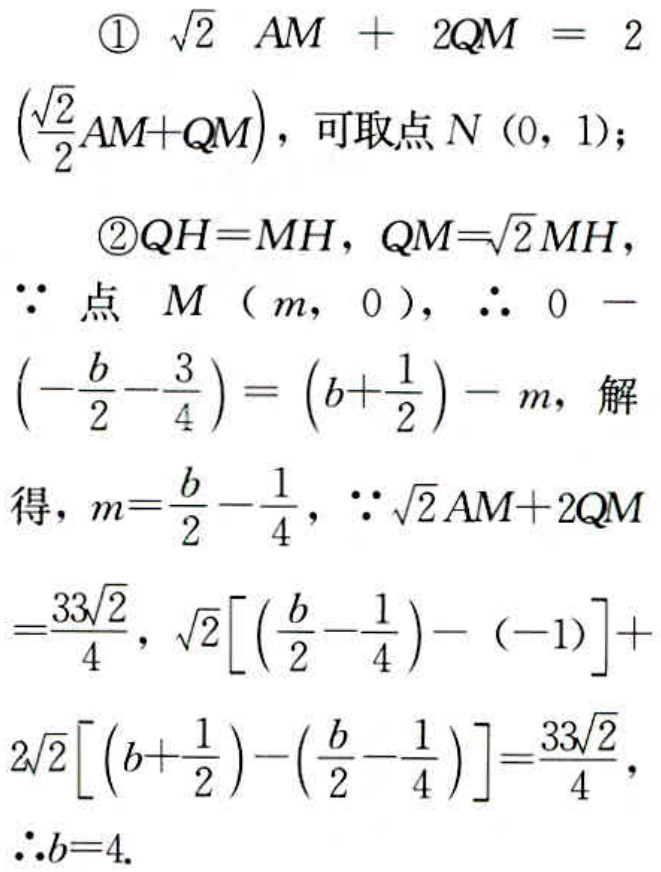
\begin{align*}
&\textcircled{1}\ \sqrt{2}AM + 2QM = 2\left(\frac{\sqrt{2}}{2}AM + QM\right),\text{ 可取点 }N(0,1);\\
&\textcircled{2}QH = MH, QM=\sqrt{2}MH,\\
&\because\text{ 点 }M(m,0),\ \therefore 0-\left(-\frac{b}{2}-\frac{3}{4}\right)=\left(b + \frac{1}{2}\right)-m,\text{ 解}\\
&\text{得，}m=\frac{b}{2}-\frac{1}{4},\ \because\sqrt{2}AM + 2QM=\frac{33\sqrt{2}}{4},\\
&\sqrt{2}\left[\left(\frac{b}{2}-\frac{1}{4}\right)-(-1)\right]+2\sqrt{2}\left[\left(b+\frac{1}{2}\right)-\left(\frac{b}{2}-\frac{1}{4}\right)\right]=\frac{33\sqrt{2}}{4},\\
&\therefore b = 4.
\end{align*}